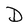
Character: D